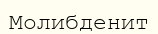
Молибденит